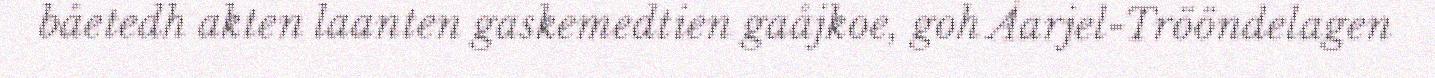
båetedh akten laanten gaskemedtien gaåjkoe, goh Åarjel-Trööndelagen